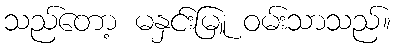
သည်တော့ မနှင်းမြူ ဝမ်းသာသည်။